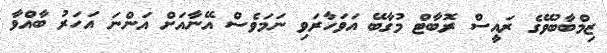
ޒިމްބާބުވޭގެ ރައީސް ރޮބާޓް މުގާބޭ އަވަހާރަވި ނަމަވެސް އޭނާއަށް އަންނަ އަހަރު ބާއްވާ